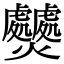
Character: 𤓤